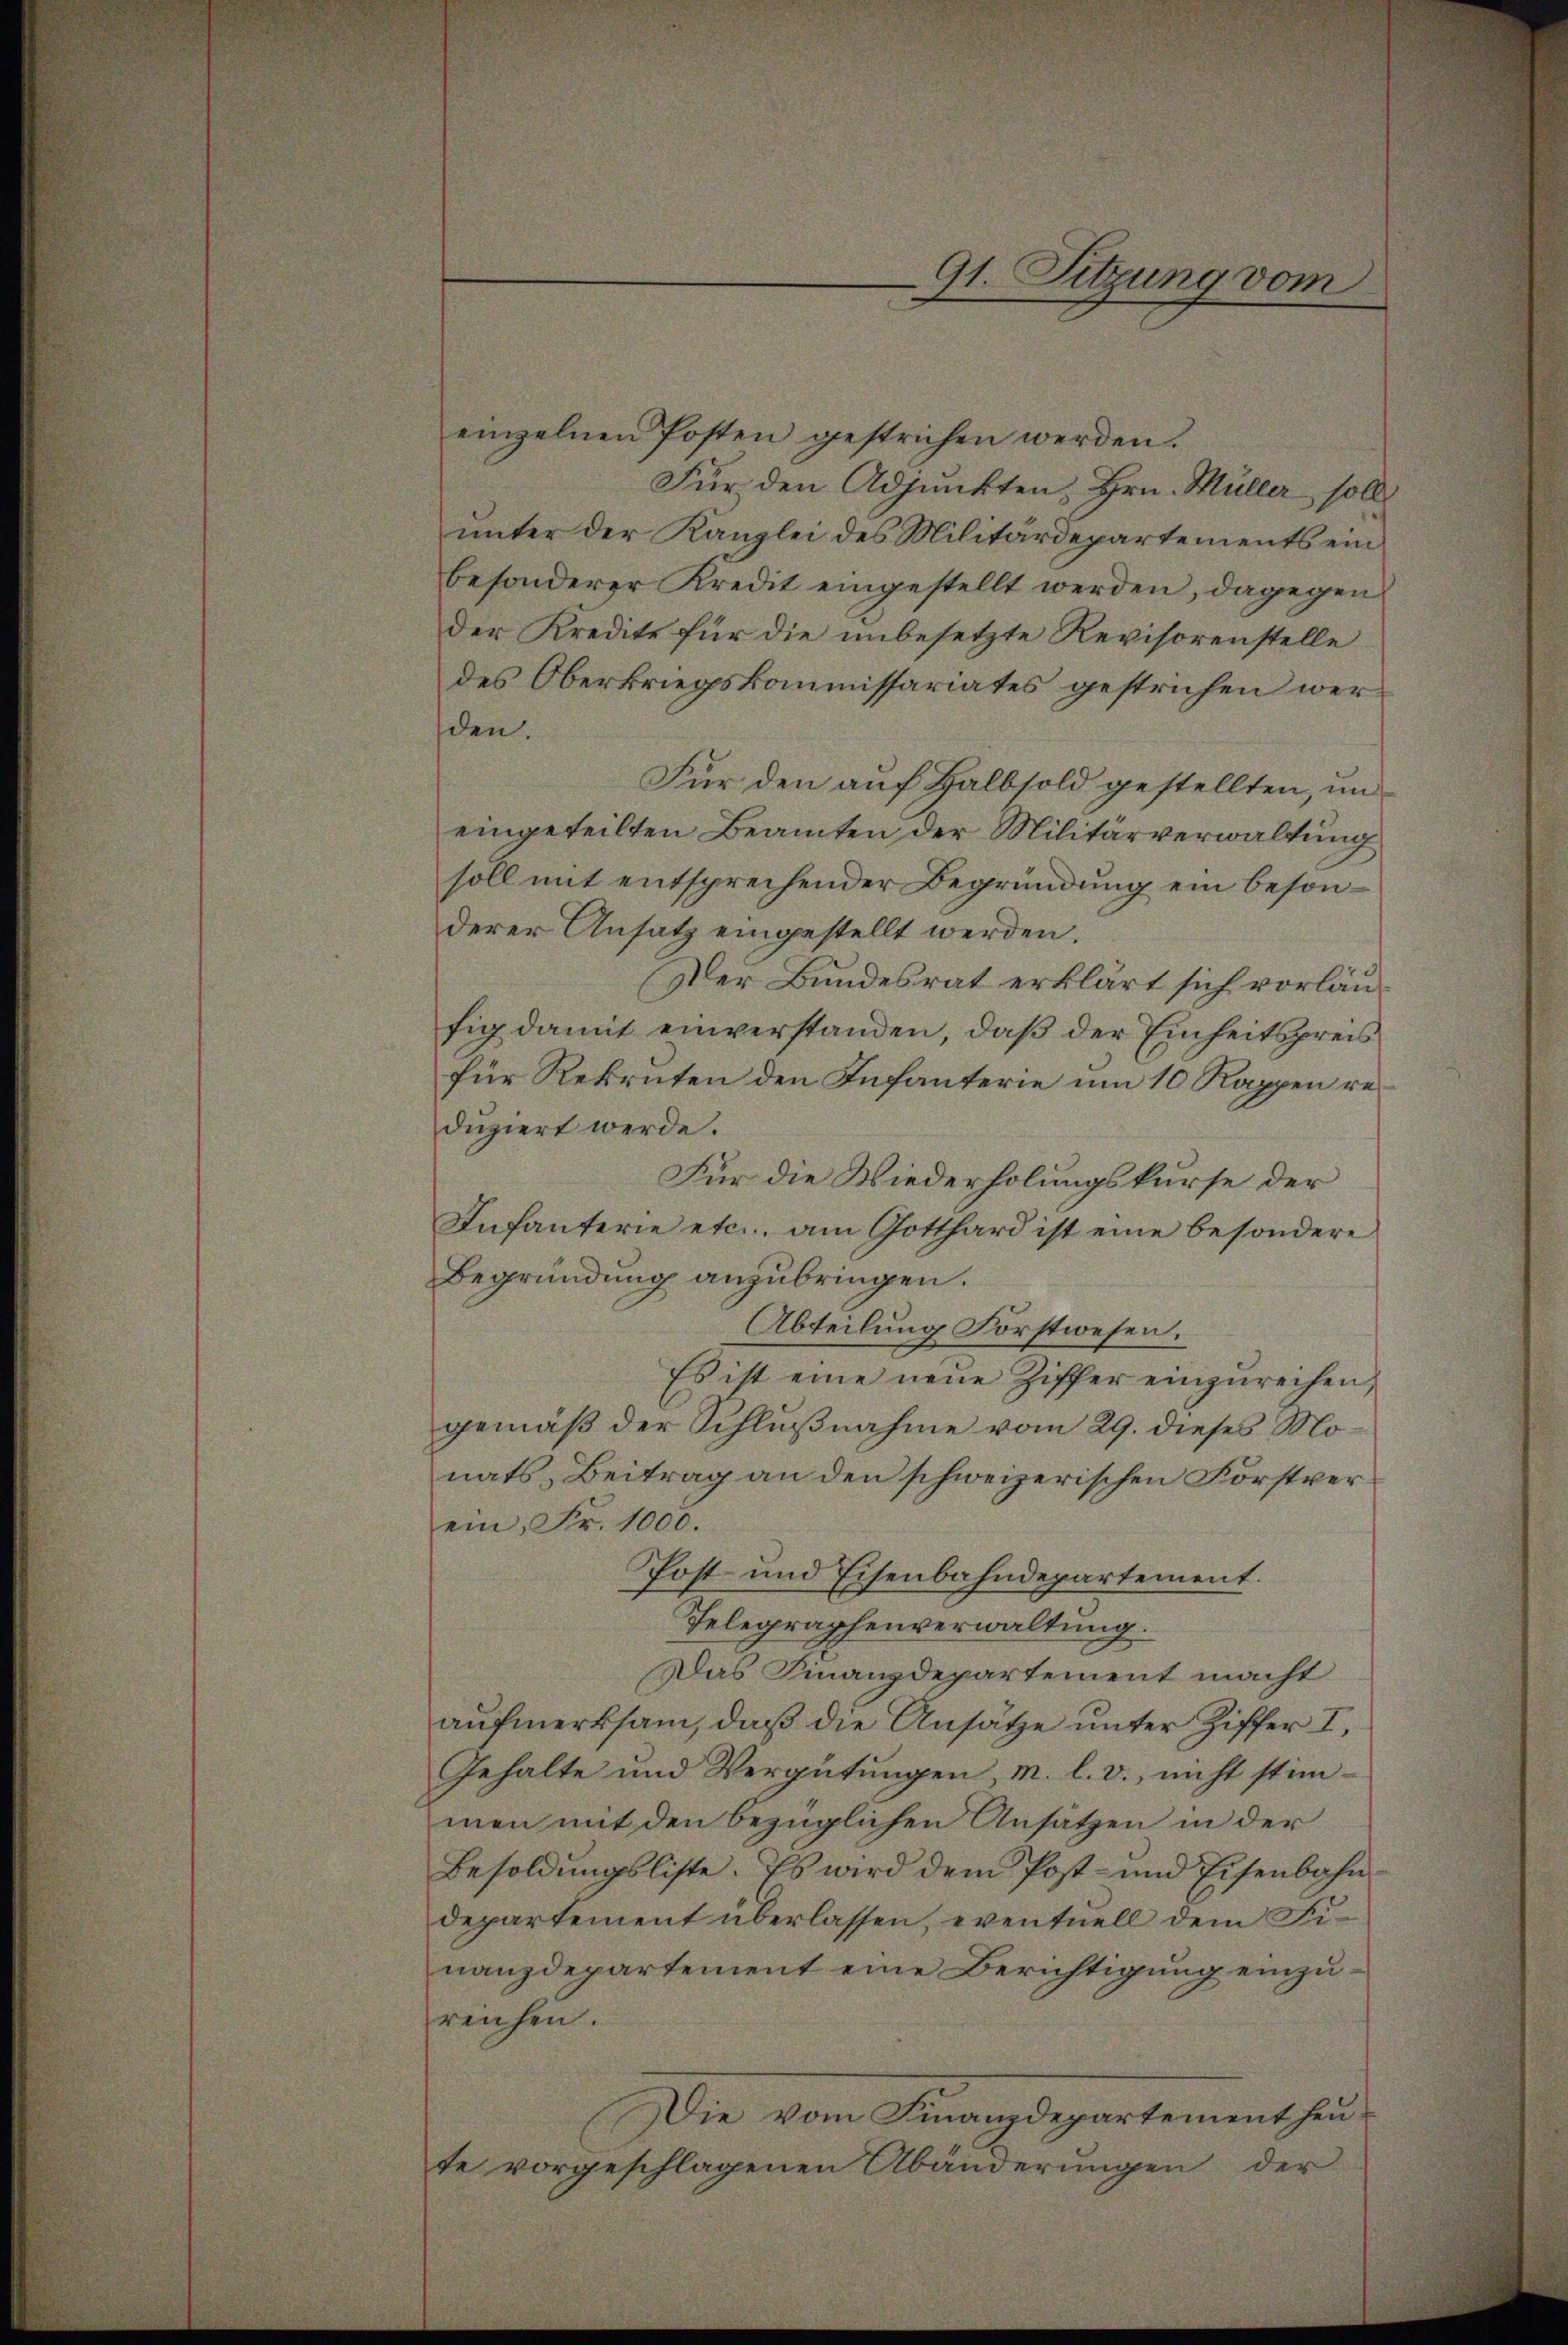
einzelnen Posten gestrichen werden.
Für den Adjunkten, Hrn. Müller soll
unter der Kanzlei des Militärdepartements ein
besonderer Kredit eingestellt werden, dagegen
der Kredite für die unbesetzte Revisorenstelle
des Oberkriegskommissariates gestrichen werden.
Für den auf Halbsold gestellten, un
eingeteilten Beamten der Militärverwaltung
soll mit entsprechender Begründung ein besonderer Ansatz eingestellt werden.
Der Bundesrat erklärt sich vorläufig damit einverstanden, daß der Einheitspreis
für Rekruten den Infanterie um 10 Rappen reduziert werde.
Für die Wiederholungskurse der
Infanterie etc. am Gotthard ist eine besondere
Begründung anzubringen.
Abteilung Forstwesen.
Es ist eine neue Ziffer einzŭreihen,
gemäß der Schlußnahme vom 29. dieses Monats Beitrag an den schweizerischen Forstverein, Fr. 1000.
Post und Eisenbahndepartement.
Telegraphenverwaltung.
Das Finanzdepartement macht
aufmerksam, daß die Ansätze unter Ziffer I,
Gehalte und Vergütungen, M. l. d. nicht stim-
men mit den bezüglichen Ansätzen in der
Besoldŭngsliste. Es wird dem Post- und Eisenbahn-
departement überlassen, eventuell dem Finanzdepartement eine Berichtigung einzureichen.
Die vom Finanzdepartement heute vorgeschlagenen Abänderungen der

91. Sitzung vom